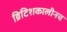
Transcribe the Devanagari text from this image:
ब्रिटिशकालीनच